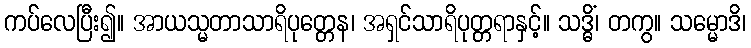
ကပ်လေပြီး၍။ အာယသ္မတာသာရိပုတ္တေန၊ အရှင်သာရိပုတ္တရာနှင့်။ သဒ္ဓိံ၊ တကွ။ သမ္မောဒိ၊